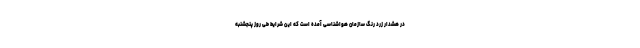
در هشدار زرد رنگ سازمان هواشناسی آمده است که این شرایط طی روز پنجشنبه